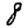
Digit: 8